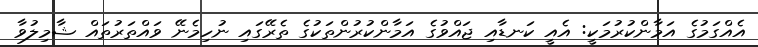
އެއްގަމުގެ އަމާންކުރުމަކީ: އެއީ ކަނޑާއި ޖައްވުގެ އަމާންކުރުންތަކުގެ ތެރޭގައި ނުހިމެނޭ ވައްތަރުތައް ޝާމިލުވާ